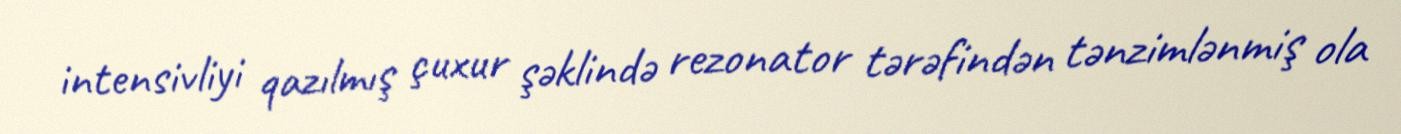
intensivliyi qazılmış çuxur şəklində rezonator tərəfindən tənzimlənmiş ola